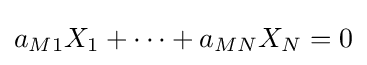
a_{M1}X_{1}+\cdots +a_{MN}X_{N}=0